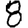
Digit: 8